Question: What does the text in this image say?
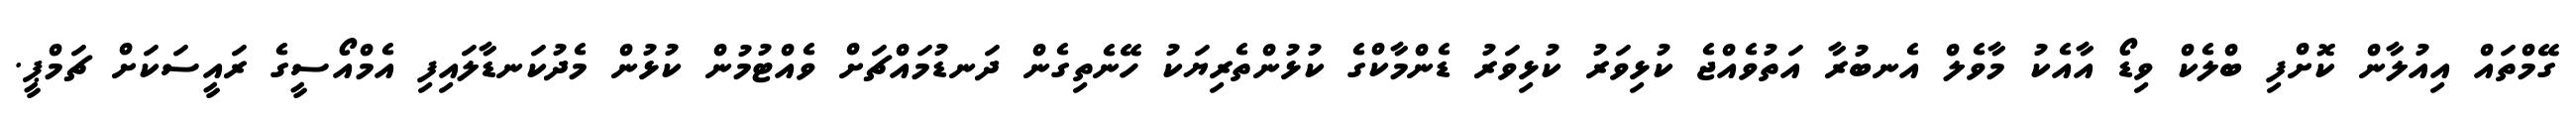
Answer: ގޭމްތައް އިއުލާން ކޮށްފި ބްލެކް ވިޑޯ އާއެކު މާވެލް އެނބުރާ އަތުވެއްޖެ ކުޅިވަރު ކުޅިވަރު ޑެންމާކްގެ ކުޅުންތެރިޔަކު ހޭނެތިގެން ދަނޑުމައްޗަށް ވެއްޓުމުން ކުޅުން މެދުކަނޑާލައިފި އެމްއޯސީގެ ރައީސަކަށް ޗަމްޕީ.